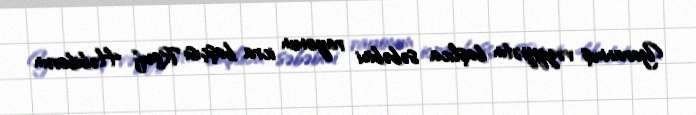
Yaranmış vəziyyətin başlıca səbəbini rayonun icra başçısı Rauf Həbibovun